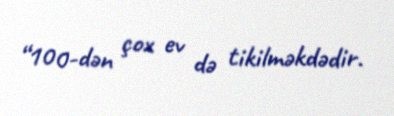
“100-dən çox ev də tikilməkdədir.